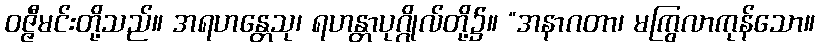
ဝဇ္ဇီမင်းတို့သည်။ အရဟန္တေသု၊ ရဟန္တာပုဂ္ဂိုလ်တို့၌။ “အနာဂတာ၊ မကြွလာကုန်သော။